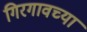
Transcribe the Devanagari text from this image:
गिरगावच्या